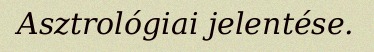
Asztrológiai jelentése.